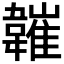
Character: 𩏘